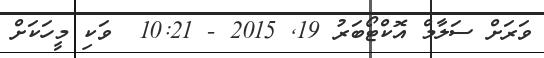
ވަރަށް ސަލާމް އޮކްޓޯބަރު 19